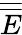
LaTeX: \overline{{\overline{{E}}}}